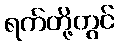
ရက်တို့တွင်